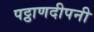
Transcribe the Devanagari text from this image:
पट्ठाणदीपनी